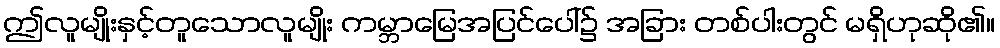
ဤလူမျိုးနှင့်တူသောလူမျိုး ကမ္ဘာမြေအပြင်ပေါ်၌ အခြား တစ်ပါးတွင် မရှိဟုဆို၏။